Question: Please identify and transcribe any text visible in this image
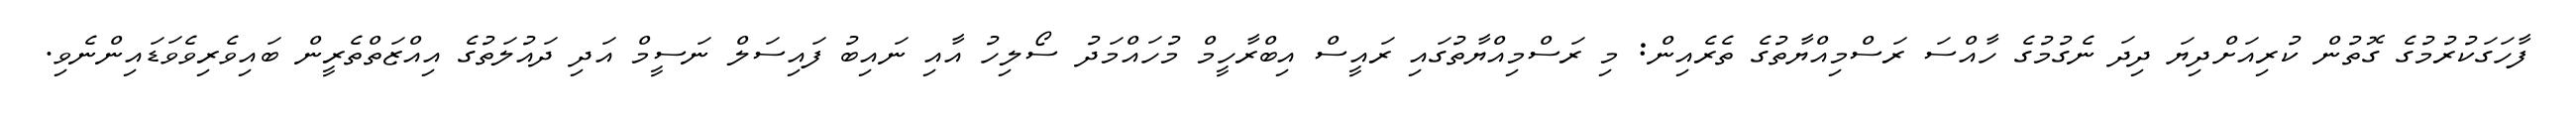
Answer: ފާހަގަކުރުމުގެ ގޮތުން ކުރިއަށްދިޔަ ދިދަ ނެގުމުގެ ހާއްސަ ރަސްމިއްޔާތުގެ ތެރެއިން: މި ރަސްމިއްޔާތުގައި ރައީސް އިބްރާހީމް މުހައްމަދު ސޯލިހު އާއި ނައިބު ފައިސަލް ނަސީމް އަދި ދައުލަތުގެ އިއްޒަތްތެރީން ބައިވެރިވެވަޑައިންނެވި.